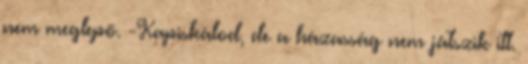
nem meglepő. -Kapiskálod, de a házasság nem játszik itt.